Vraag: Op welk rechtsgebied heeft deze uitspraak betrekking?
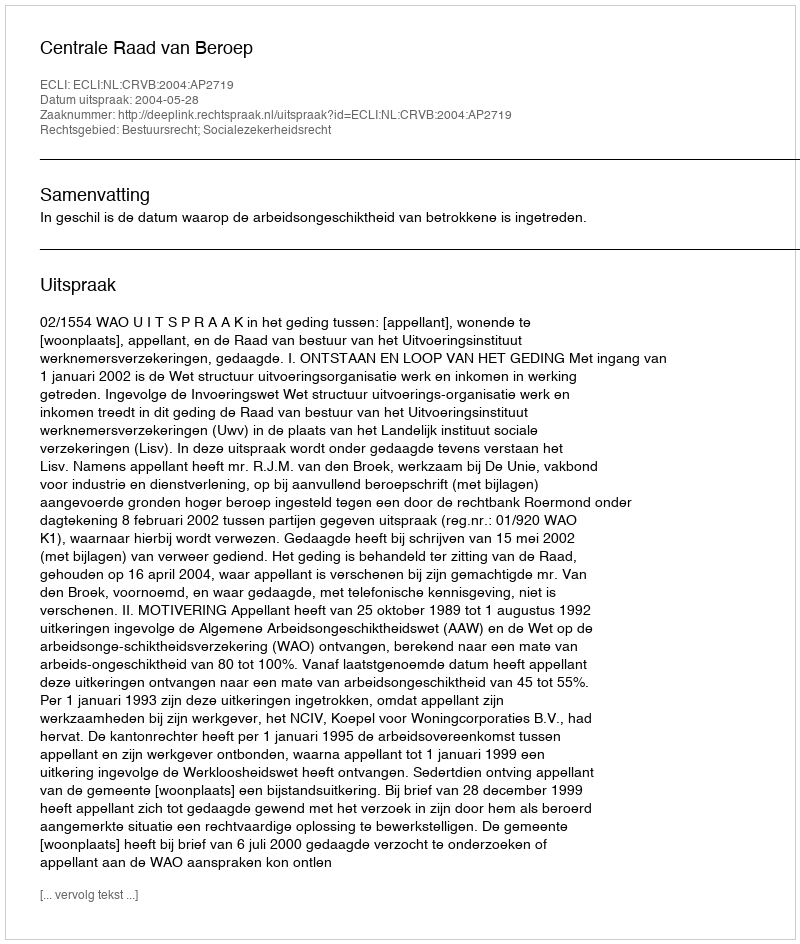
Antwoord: Bestuursrecht; Socialezekerheidsrecht